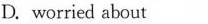
D. worried about